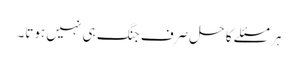
ہر مسئلے کا حل صرف جنگ ہی نہیں ہوتا۔